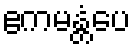
ဧကမန္တံပေ